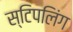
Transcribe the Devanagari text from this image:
स्टिपलिंग